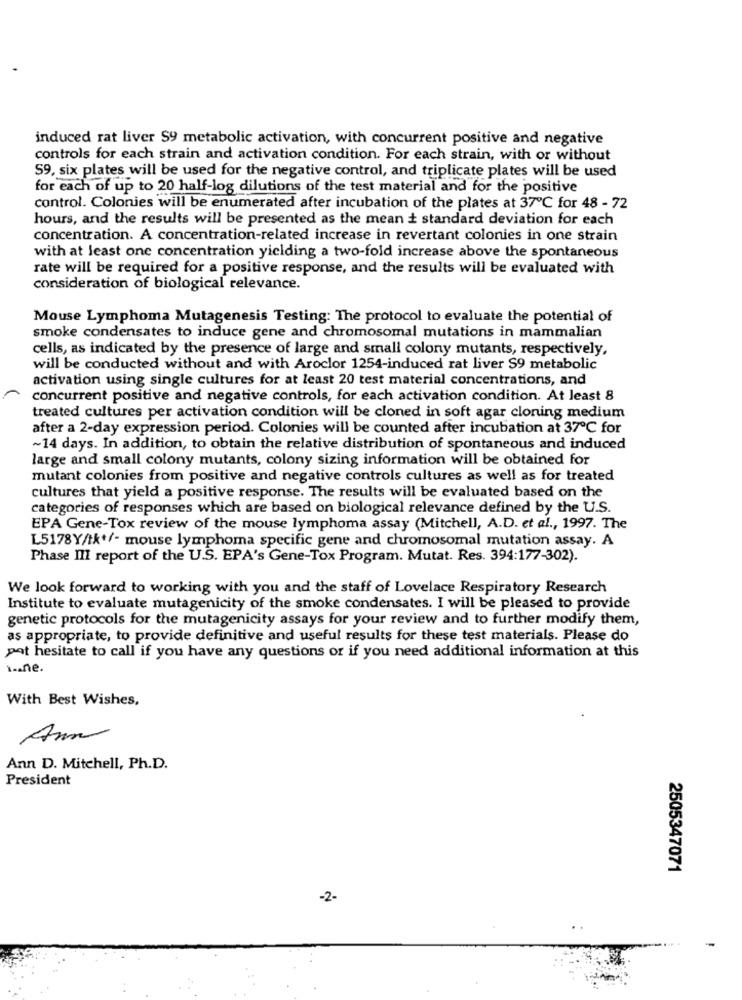
induced rat liver S9 metabolic activation, with concurrent positive and negative
controls for each strain and activation condition. For each strain, with or without
59, six plates will be used for the negative control, and triplicate plates will be used
for each of up to 20 half-log dilutions of the test material and for the positive
control. Colonies will be enumerated after incubation of the plates at 37℃ for 48 - 72
hours, and the results will be presented as the mean + standard deviation for each
concentration. A concentration-related increase in revertant colonies in one strain
with at least one concentration yielding a two-fold increase above the spontaneous
rate will be required for a positive response, and the results will be evaluated with
consideration of biological relevance.
Mouse Lymphoma Mutagenesis Testing: The protocol to evaluate the potential of
smoke condensates to induce gene and chromosomal mutations in mammalian
cells, as indicated by the presence of large and small colony mutants, respectively,
will be conducted without and with Aroclor 1254-induced rat liver S9 metabolic
activation using single cultures for at least 20 test material concentrations, and
concurrent positive and negative controls, for each activation condition. At least 8
treated cultures per activation condition will be cloned in soft agar cloning medium
after a 2-day expression period. Colonies will be counted after incubation at 37℃ for
~14 days. In addition, to obtain the relative distribution of spontaneous and induced
large and small colony mutants, colony sizing information will be obtained for
mutant colonies from positive and negative controls cultures as well as for treated
cultures that yield a positive response. The results will be evaluated based on the
categories of responses which are based on biological relevance defined by the U.S.
EPA Gene-Tox review of the mouse lymphoma assay (Mitchell, A.D. et al ., 1997. The
L5178Y/tk+/- mouse lymphoma specific gene and chromosomal mutation assay. A
Phase Ill report of the U.S. EPA's Gene-Tox Program. Mutat. Res. 394:177-302).
We look forward to working with you and the staff of Lovelace Respiratory Research
Institute to evaluate mutagenicity of the smoke condensates. I will be pleased to provide
genetic protocols for the mutagenicity assays for your review and to further modify them,
as appropriate, to provide definitive and useful results for these test materials. Please do
pot hesitate to call if you have any questions or if you need additional information at this
1 .. ne.
With Best Wishes,
Anm
Ann D. Mitchell, Ph.D.
President
2505347071
-2-